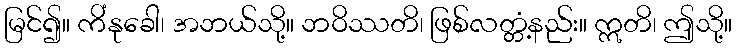
မြင်၍။ ကိံနုခေါ၊ အဘယ်သို့။ ဘဝိဿတိ၊ ဖြစ်လတ္တံ့နည်း။ ဣတိ၊ ဤသို့။